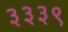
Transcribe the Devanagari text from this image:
३३३९